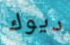
ديوك